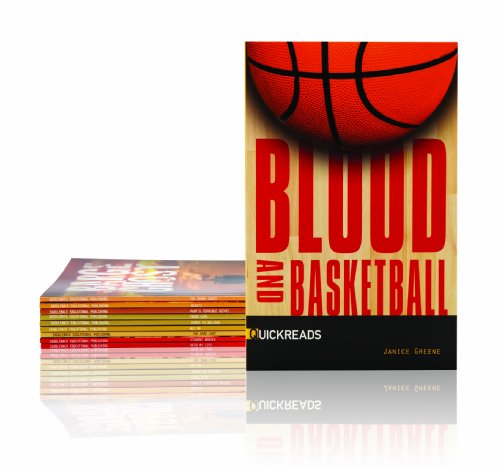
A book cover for Saddleback's QuickReads Sample Set 4 [With CDROM]; Teri Thomas; Teen & Young Adult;